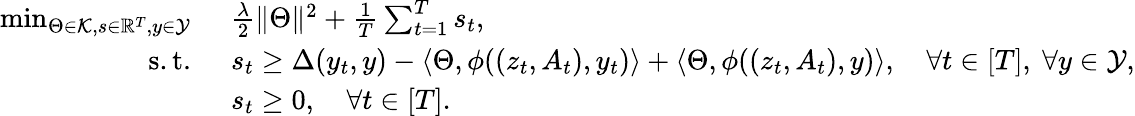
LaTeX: \begin{array}{rl}{\operatorname*{min}_{\Theta\in\mathcal{K},s\in\mathbb{R}^{T},y\in\mathcal{Y}}\ }&{\frac{\lambda}{2}\| \Theta\| ^{2}+\frac{1}{T}\sum_{t=1}^{T}s_{t},}\\ {\mathrm{s.t.~}}&{s_{t}\geq\Delta(y_{t},y)-\langle\Theta,\phi((z_{t},A_{t}),y_{t})\rangle+\langle\Theta,\phi((z_{t},A_{t}),y)\rangle,\quad\forall t\in[T],\ \forall y\in\mathcal{Y},}\\ &{s_{t}\geq 0,\quad\forall t\in[T].}\end{array}